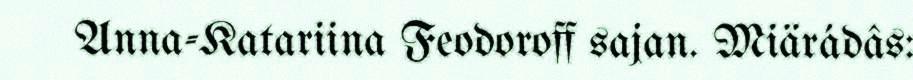
Anna-Katariina Feodoroff sajan. Miärádâs: